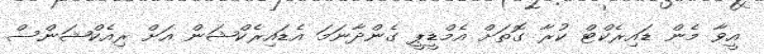
އީވާ މެން ޑައިރެކްޓް ކުރާ ގޮތަށް އެމްޑީޕީ ގެންދާނަމަ އެޑައިރެކްޝަން އަށް ރިއެކްޝަންސް